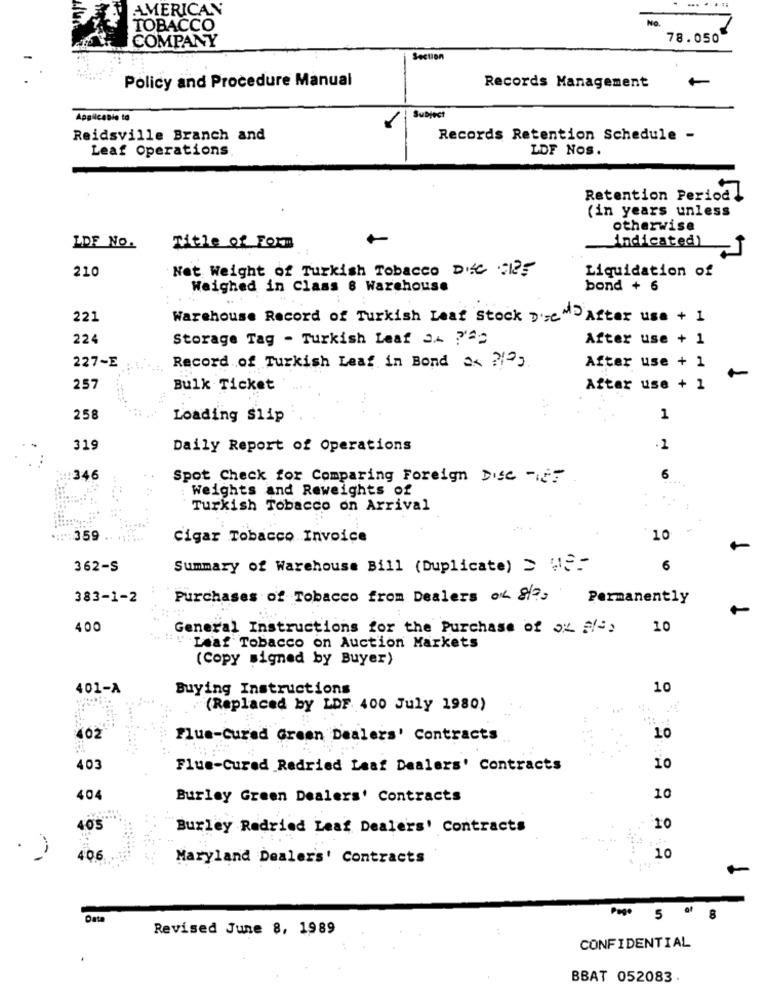
AMERICAN
......
No.
TOBACCO
78.050
COMPANY
Section
Policy and Procedure Manual
Records Management
Applicable to
Subject
Reidsville Branch and
Records Retention Schedule -
Leaf Operations
LOF NOS.
Retention Period !
(in years unless
otherwise
_indicated)
LDF NO.
Title of Form
210
Net Weight of Turkish Tobacco DISC FRE
Liquidation of
Weighed in Class 8 Warehouse
bond + 6
221
Warehouse Record of Turkish Leaf Stock D're MD After use + 1
224
Storage Tag - Turkish Leaf az Pac
After use + 1
227-E
Record of Turkish Leaf in Bond as ?! ",
After use + 1
257
Bulk Ticket
After use + 1
258
Loading Slip
1
319
Daily Report of Operations
:346
Spot Check for Comparing Foreign Disc -, ET
6
Weights and Reweights of
Turkish Tobacco on Arrival
:
: 359 ....
Cigar Tobacco Invoice
10
362-S
Summary of Warehouse Bill (Duplicate) > W32
6
383-1-2
Purchases of Tobacco from Dealers of 8/2,
Permanently
400
General Instructions for the Purchase of a" />
10
Leaf Tobacco on Auction Markets
(Copy signed by Buyer)
401-A
Buying Instructions
10
(Replaced by LDF 400 July 1980)
402
Plus-Cured Green Dealers' Contracts
10
403
Flue-Cured Redried Laaf Dealers' Contracts
10
404
Burley Green Dealers' Contracts
10
405
Burley Radried Leaf Dealers' Contracts
10
406
Maryland Dealer's' Contracts
10
Data
Pago 5 af 8
Revised June 8, 1989
CONFIDENTIAL
.
BBAT 052083 .